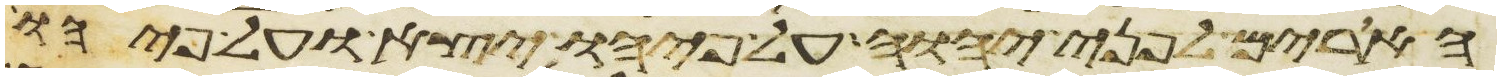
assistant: הארים לפני יהוה על פיהו יצא ועל פיהו